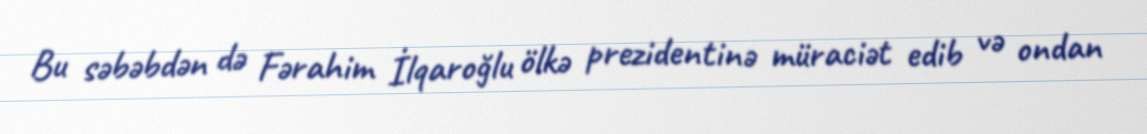
Bu səbəbdən də Fərahim İlqaroğlu ölkə prezidentinə müraciət edib və ondan